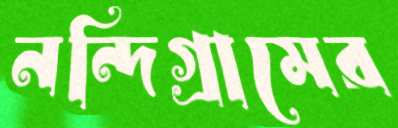
নন্দিগ্রামের